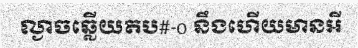
ល្ងាចឆ្លើយតប#-o នឹងហើយមានអី